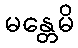
မန္တေမိ